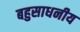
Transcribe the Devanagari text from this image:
बहुसाधनीय